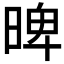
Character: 𣈢